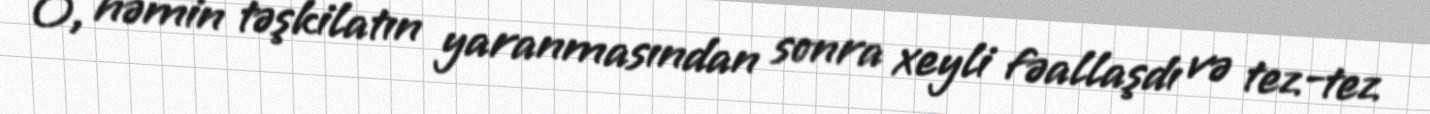
O, həmin təşkilatın yaranmasından sonra xeyli fəallaşdı və tez-tez